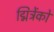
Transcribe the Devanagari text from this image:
द्मित्रेंको